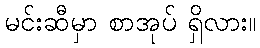
မင်းဆီမှာ စာအုပ် ရှိလား။